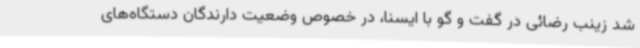
شد زینب رضائی در گفت و گو با ایسنا، در خصوص وضعیت دارندگان دستگاه‌های